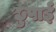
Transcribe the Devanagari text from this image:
छुपाई